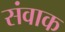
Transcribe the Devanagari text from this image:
संवाक